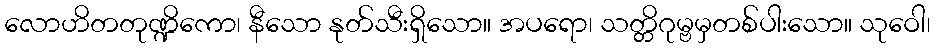
လောဟိတတုဏ္ဍိကော၊ နီသော နုတ်သီးရှိသော။ အပရော၊ သတ္တိဂုမ္ဗမှတစ်ပါးသော။ သုဝေါ၊